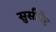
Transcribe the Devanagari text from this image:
सुसीनेट